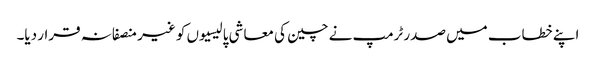
اپنے خطاب میں صدر ٹرمپ نے چین کی معاشی پالیسیوں کو غیر منصفانہ قرار دیا۔